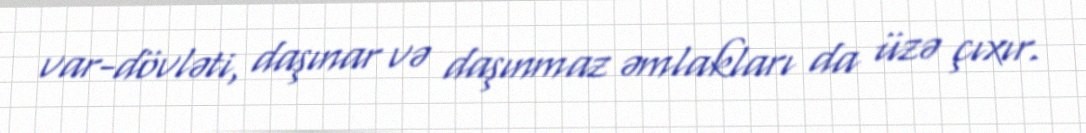
var-dövləti, daşınar və daşınmaz əmlakları da üzə çıxır.